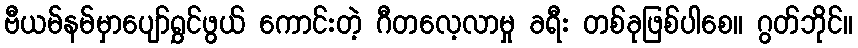
ဗီယမ်နမ်မှာပျော်ရွှင်ဖွယ် ကောင်းတဲ့ ဂီတလေ့လာမှု ခရီး တစ်ခုဖြစ်ပါစေ။ ဂွတ်ဘိုင်။